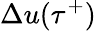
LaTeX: \Delta u(\tau^{+})